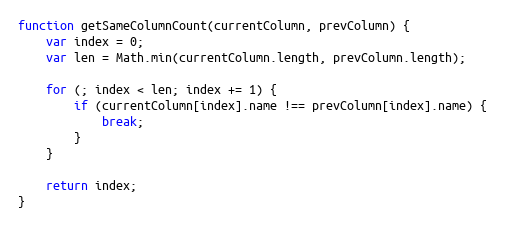
Language: JavaScript
function getSameColumnCount(currentColumn, prevColumn) {
    var index = 0;
    var len = Math.min(currentColumn.length, prevColumn.length);

    for (; index < len; index += 1) {
        if (currentColumn[index].name !== prevColumn[index].name) {
            break;
        }
    }

    return index;
}